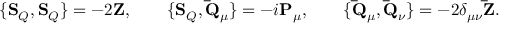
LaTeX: \{ \mathbf { S } _ { Q } , \mathbf { S } _ { Q } \} = - 2 \mathbf { Z } , \qquad \{ \mathbf { S } _ { Q } , \mathbf { \bar { Q } } _ { \mu } \} = - i \mathbf { P } _ { \mu } , \qquad \{ \mathbf { \bar { Q } } _ { \mu } , \mathbf { \bar { Q } } _ { \nu } \} = - 2 \delta _ { \mu \nu } \mathbf { \bar { Z } } .